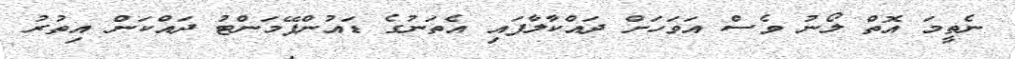
ނެތީމަ އޮތް ލޯނު ވެސް އަވަހަށް ދައްކާލާފައި އެތަނުގެ ޑައުންޕޭމަންޓު ދައްކަން އިތުރު